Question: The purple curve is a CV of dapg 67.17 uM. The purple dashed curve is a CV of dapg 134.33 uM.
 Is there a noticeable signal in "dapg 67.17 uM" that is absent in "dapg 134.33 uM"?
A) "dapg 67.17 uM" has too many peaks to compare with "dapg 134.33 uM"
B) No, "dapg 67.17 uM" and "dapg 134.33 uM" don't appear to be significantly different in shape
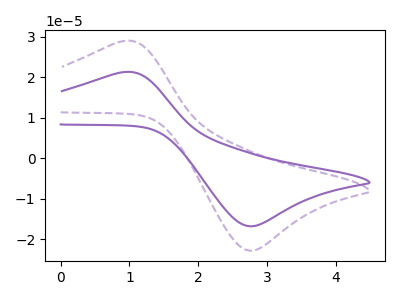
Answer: <think>The purple curve "dapg 67.17 uM" has an anodic peak at (0.90V, 21.25uA) and a cathodic peak at (2.80V, -16.75uA). The purple dashed curve "dapg 134.33 uM" has an anodic peak at (0.90V, 28.90uA) and a cathodic peak at (2.80V, -22.75uA).
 All the peaks in "dapg 67.17 uM" have a peak in "dapg 134.33 uM" at the same potential. Every peak in "dapg 67.17 uM" is lower than every peak in "dapg 134.33 uM".</think>
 <answer>B) No, "dapg 67.17 uM" and "dapg 134.33 uM" don't appear to be significantly different in shape</answer>
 <eval>B</eval>